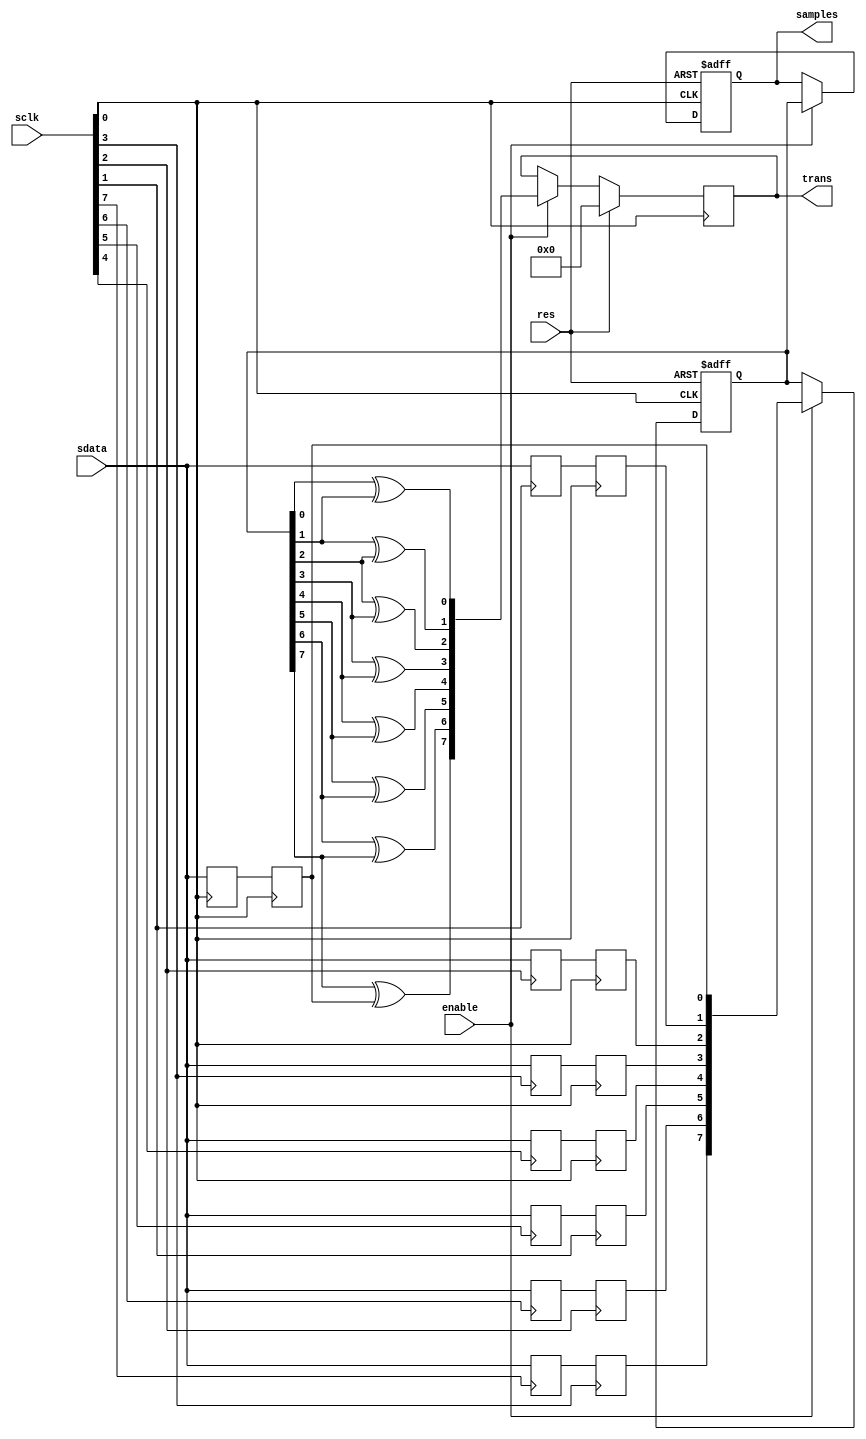
module oversampling
(
	input [7:0]sclk,
	input res,
	input enable,
	
	input sdata,
	output [7:0]samples,
	output reg [7:0]trans
);

	reg [7:0]s1; // fixed position in FPGA
	always @(posedge sclk[0]) s1[0] <= sdata;
	always @(posedge sclk[1]) s1[1] <= sdata;
	always @(posedge sclk[2]) s1[2] <= sdata;
	always @(posedge sclk[3]) s1[3] <= sdata;
	always @(posedge sclk[4]) s1[4] <= sdata;
	always @(posedge sclk[5]) s1[5] <= sdata;
	always @(posedge sclk[6]) s1[6] <= sdata;
	always @(posedge sclk[7]) s1[7] <= sdata;

	reg [7:0]s2; // fixed position in FPGA
	always @(posedge sclk[0]) s2[0] <= s1[0];
	always @(posedge sclk[0]) s2[1] <= s1[1];
	always @(posedge sclk[0]) s2[2] <= s1[2];
	always @(posedge sclk[0]) s2[3] <= s1[3];
	always @(posedge sclk[0]) s2[4] <= s1[4];
	always @(posedge sclk[1]) s2[5] <= s1[5];
	always @(posedge sclk[2]) s2[6] <= s1[6];
	always @(posedge sclk[3]) s2[7] <= s1[7];

	reg [7:0]s3;
	reg [7:0]s4;
	always @(posedge sclk[0] or posedge res)
	begin
		if (res)
		begin
			s3 <= 0;
			s4 <= 0;
		end
		else if (enable)
		begin
			s3 <= s2;
			s4 <= s3;
		end
	end
 
	assign samples = s4;

	// xor transition detector
	wire [7:0]t;
	assign t[0] = s3[0] ^ s3[1];
	assign t[1] = s3[1] ^ s3[2];
	assign t[2] = s3[2] ^ s3[3];
	assign t[3] = s3[3] ^ s3[4];
	assign t[4] = s3[4] ^ s3[5];
	assign t[5] = s3[5] ^ s3[6];
	assign t[6] = s3[6] ^ s3[7];
	assign t[7] = s3[7] ^ s2[0];

	always @(posedge sclk[0]) if (res) trans <= 0; else if (enable) trans <= t;
	
endmodule